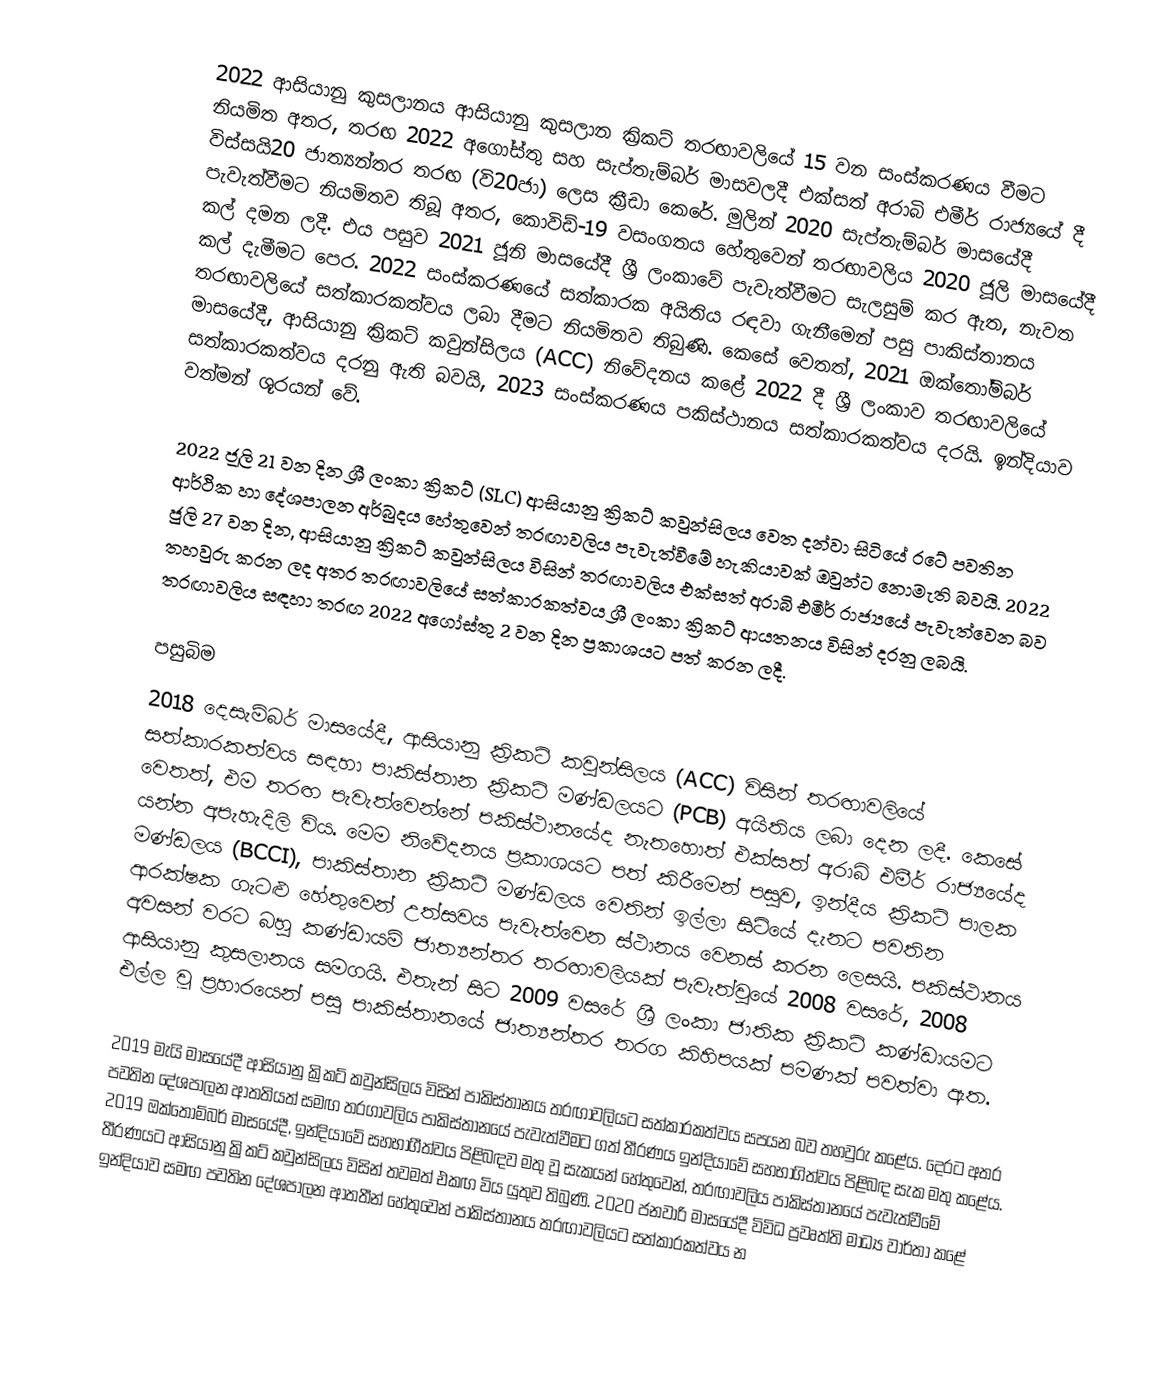
2022 ආසියානු කුසලානය ආසියානු කුසලාන ක්‍රිකට් තරඟාවලියේ 15 වන සංස්කරණය වීමට නියමිත අතර, තරඟ 2022 අගෝස්තු සහ සැප්තැම්බර් මාසවලදී එක්සත් අරාබි එමීර් රාජ්‍යයේ දී විස්සයි20 ජාත්‍යන්තර තරඟ (වි20ජා) ලෙස ක්‍රීඩා කෙරේ. මුලින් 2020 සැප්තැම්බර් මාසයේදී පැවැත්වීමට නියමිතව තිබූ අතර, කොවිඩ්-19 වසංගතය හේතුවෙන් තරඟාවලිය 2020 ජූලි මාසයේදී කල් දමන ලදී. එය පසුව 2021 ජූනි මාසයේදී ශ්‍රී ලංකාවේ පැවැත්වීමට සැලසුම් කර ඇත, නැවත කල් දැමීමට පෙර. 2022 සංස්කරණයේ සත්කාරක අයිතිය රඳවා ගැනීමෙන් පසු පාකිස්තානය තරඟාවලියේ සත්කාරකත්වය ලබා දීමට නියමිතව තිබුණි. කෙසේ වෙතත්, 2021 ඔක්තෝම්බර් මාසයේදී, ආසියානු ක්‍රිකට් කවුන්සිලය (ACC) නිවේදනය කළේ 2022 දී ශ්‍රී ලංකාව තරඟාවලියේ සත්කාරකත්වය දරනු ඇති බවයි, 2023 සංස්කරණය පකිස්ථානය සත්කාරකත්වය දරයි. ඉන්දියාව වත්මන් ශූරයන් වේ.

2022 ජූලි 21 වන දින ශ්‍රී ලංකා ක්‍රිකට් (SLC) ආසියානු ක්‍රිකට් කවුන්සිලය වෙත දන්වා සිටියේ රටේ පවතින ආර්ථික හා දේශපාලන අර්බුදය හේතුවෙන් තරඟාවලිය පැවැත්වීමේ හැකියාවක් ඔවුන්ට නොමැති බවයි. 2022 ජුලි 27 වන දින, ආසියානු ක්‍රිකට් කවුන්සිලය විසින් තරඟාවලිය එක්සත් අරාබි එමීර් රාජ්‍යයේ පැවැත්වෙන බව තහවුරු කරන ලද අතර තරඟාවලියේ සත්කාරකත්වය ශ්‍රී ලංකා ක්‍රිකට් ආයතනය විසින් දරනු ලබයි. තරඟාවලිය සඳහා තරඟ 2022 අගෝස්තු 2 වන දින ප්‍රකාශයට පත් කරන ලදී.

පසුබිම
2018 දෙසැම්බර් මාසයේදී, ආසියානු ක්‍රිකට් කවුන්සිලය (ACC) විසින් තරඟාවලියේ සත්කාරකත්වය සඳහා පාකිස්තාන ක්‍රිකට් මණ්ඩලයට (PCB) අයිතිය ලබා දෙන ලදී. කෙසේ වෙතත්, එම තරඟ පැවැත්වෙන්නේ පකිස්ථානයේද නැතහොත් එක්සත් අරාබි එමීර් රාජ්‍යයේද යන්න අපැහැදිලි විය. මෙම නිවේදනය ප්‍රකාශයට පත් කිරීමෙන් පසුව, ඉන්දීය ක්‍රිකට් පාලක මණ්ඩලය (BCCI), පාකිස්තාන ක්‍රිකට් මණ්ඩලය වෙතින් ඉල්ලා සිටියේ දැනට පවතින ආරක්ෂක ගැටළු හේතුවෙන් උත්සවය පැවැත්වෙන ස්ථානය වෙනස් කරන ලෙසයි. පකිස්ථානය අවසන් වරට බහු කණ්ඩායම් ජාත්‍යන්තර තරඟාවලියක් පැවැත්වුයේ 2008 වසරේ, 2008 ආසියානු කුසලානය සමගයි. එතැන් සිට 2009 වසරේ ශ්‍රී ලංකා ජාතික ක්‍රිකට් කණ්ඩායමට එල්ල වූ ප්‍රහාරයෙන් පසු පාකිස්තානයේ ජාත්‍යන්තර තරග කිහිපයක් පමණක් පවත්වා ඇත.

2019 මැයි මාසයේදී ආසියානු ක්‍රිකට් කවුන්සිලය විසින් පාකිස්තානය තරඟාවලියට සත්කාරකත්වය සපයන බව තහවුරු කළේය. දෙරට අතර පවතින දේශපාලන ආතතියත් සමඟ තරගාවලිය පාකිස්තානයේ පැවැත්වීමට ගත් තීරණය ඉන්දියාවේ සහභාගිත්වය පිළිබඳ සැක මතු කළේය. 2019 ඔක්තෝම්බර් මාසයේදී, ඉන්දියාවේ සහභාගීත්වය පිළිබඳව මතු වූ සැකයන් හේතුවෙන්, තරඟාවලිය පාකිස්තානයේ පැවැත්වීමේ තීරණයට ආසියානු ක්‍රිකට් කවුන්සිලය විසින් තවමත් එකඟ විය යුතුව තිබුණි. 2020 ජනවාරි මාසයේදී විවිධ ප්‍රවෘත්ති මාධ්‍ය වාර්තා කළේ ඉන්දියාව සමඟ පවතින දේශපාලන ආතතීන් හේතුවෙන් පාකිස්තානය තරඟාවලියට සත්කාරකත්වය න